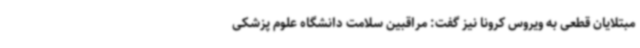
مبتلایان قطعی به ویروس کرونا نیز گفت: مراقبین سلامت دانشگاه علوم پزشکی